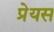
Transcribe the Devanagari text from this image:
प्रेयस